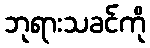
ဘုရားသခင်ကို